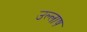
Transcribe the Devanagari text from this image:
उल्लाष